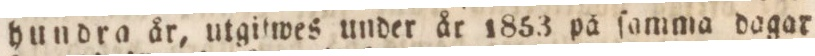
hundra år, utgilwes under år 1853 på ſamma dagar